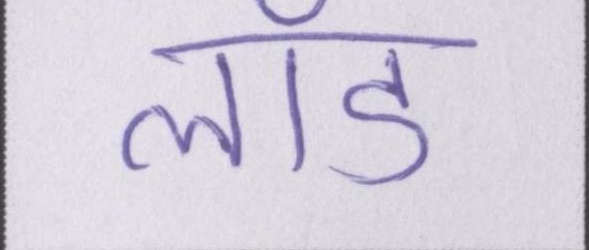
लॉड